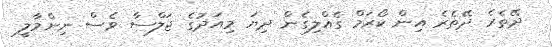
ދޭތެރެ ދޭތެރެ އިން ކޯރަމް ގެއްލިގެން ދިޔަ މިއަދުގެ ޖަލްސާ ވެސް ނިންމާލީ